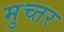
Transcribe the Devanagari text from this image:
मुच्तर